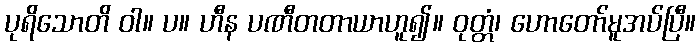
ပုရိသောတိ ဝါ။ ပ။ ဟီန ပဏီတတာယာဟူ၍။ ဝုတ္တံ၊ ဟောတော်မူအပ်ပြီ။